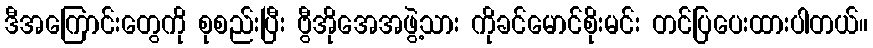
ဒီအကြောင်းတွေကို စုစည်းပြီး ဗွီအိုအေအဖွဲ့သား ကိုခင်မောင်စိုးမင်း တင်ပြပေးထားပါတယ်။